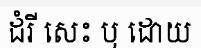
ដំរី សេះ ឬ ដោយ